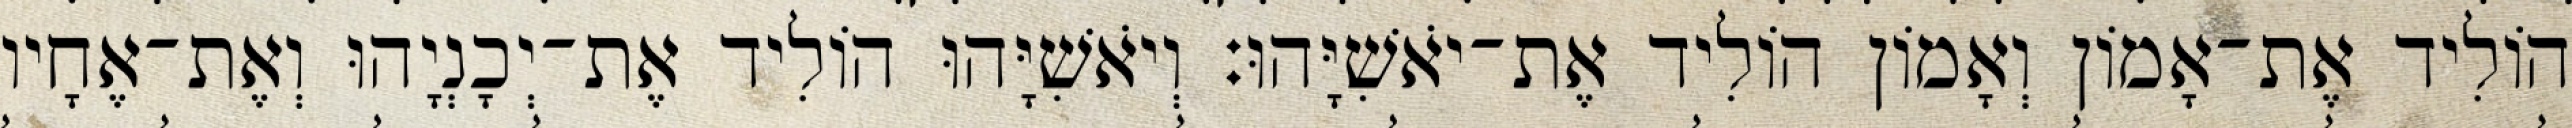
הוֹלִיד אֶת־אָמוֹן וְאָמוֹן הוֹלִיד אֶת־יֹאשִׁיָּהוּ׃ וְיֹאשִׁיָּהוּ הוֹלִיד אֶת־יְכָנְיָהוּ וְאֶת־אֶחָיו